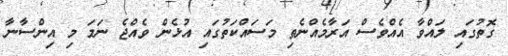
ގޮތުގައި ލައްވާ އެއްވެސް އަރާމެއްނެތި މަސައްކަތުގައި އުޅެން ވެއްޖެ ނަމަ މި އިންސާނާ